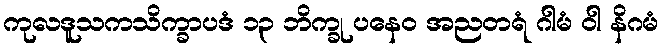
ကုလဒူသကသိက္ခာပဒံ ၁၃ ဘိက္ခု ပနေဝ အညတရံ ဂါမံ ဝါ နိဂမံ